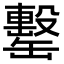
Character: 罊